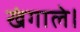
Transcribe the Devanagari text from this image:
खंगाले।